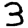
Digit: 3